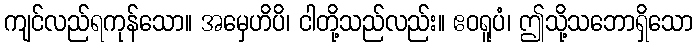
ကျင်လည်ရကုန်သော။ အမှေဟိပိ၊ ငါတို့သည်လည်း။ ဧဝရူပံ၊ ဤသို့သဘောရှိသော